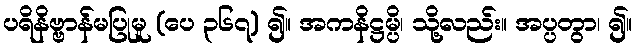
ပရိနိဗ္ဗာန်မပြုမူ (ပေ ၃၆၇) ၍။ အကနိဋ္ဌမ္ပိ၊ သို့လည်း။ အပ္ပတွာ၊ ၍။